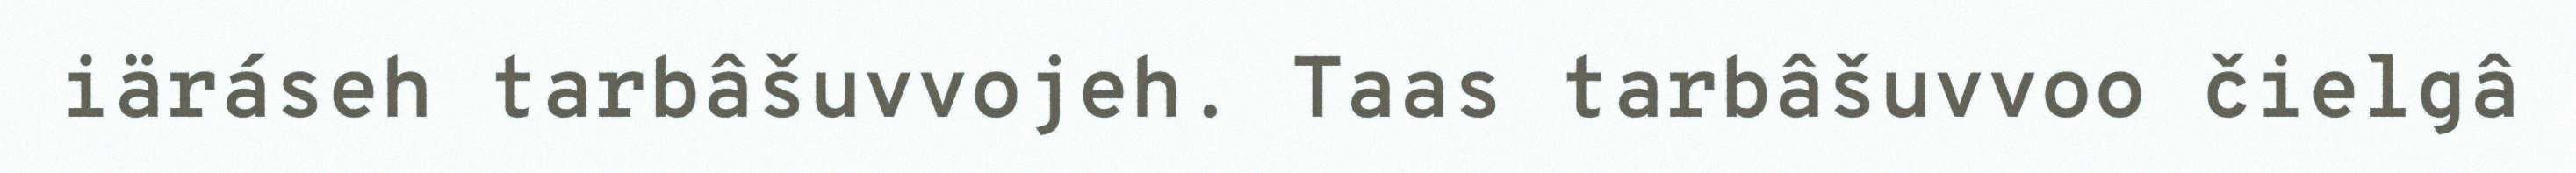
iäráseh tarbâšuvvojeh. Taas tarbâšuvvoo čielgâ